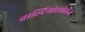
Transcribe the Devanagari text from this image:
बाल्टिमोरखेरीज